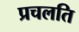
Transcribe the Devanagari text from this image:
प्रचलति